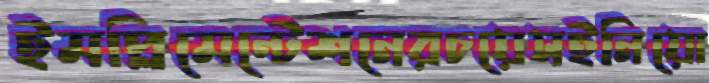
ইমপ্লিমেন্টেশনেরচয়েসইনিয়ো